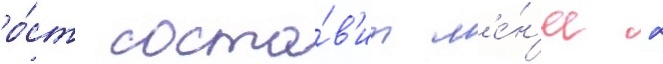
ро́ст соста́в'ит м'е́н'ее 2